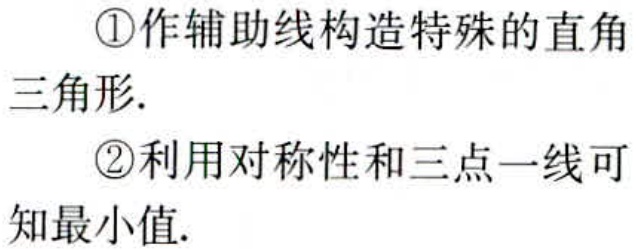
\textcircled{1}作辅助线构造特殊的直角三角形.

\textcircled{2}利用对称性和三点一线可知最小值.